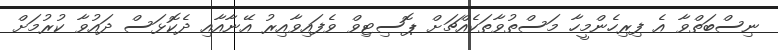
ނިސްބަތްވާ އެ ފިރިހެންމީހާ މަސްތުވާތަކެއްޗަށް ޕޮސިޓިވް ވެފައިވާއިރު އޭނާއާއި ދެކޮޅަސް ދައުވާ ކުރުމަށް